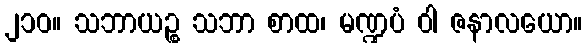
၂၁၀။ သဘာယဉ္စ သဘာ စာထ၊ မဏ္ဍပံ ဝါ ဇနာလယော။